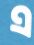
এ